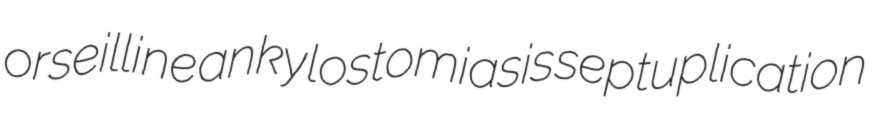
orseilline ankylostomiasis septuplication